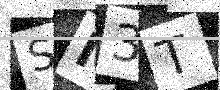
Text: SM3T